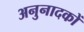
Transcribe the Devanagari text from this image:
अनुनादकों